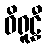
ဝိရူဠှီ